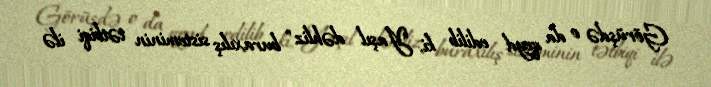
Görüşdə o da qeyd edilib ki, "Yaşıl dəhliz" buraxılış sisteminin tətbiqi ilə